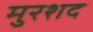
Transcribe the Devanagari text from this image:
मुरशद